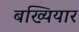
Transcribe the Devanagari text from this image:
बख्यियार